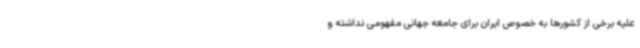
علیه برخی از کشورها به خصوص ایران برای جامعه جهانی مفهومی نداشته و